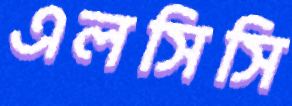
এলসিসি